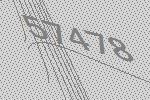
57478